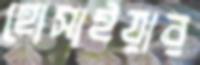
হোসাইয়ার